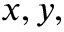
x , y ,